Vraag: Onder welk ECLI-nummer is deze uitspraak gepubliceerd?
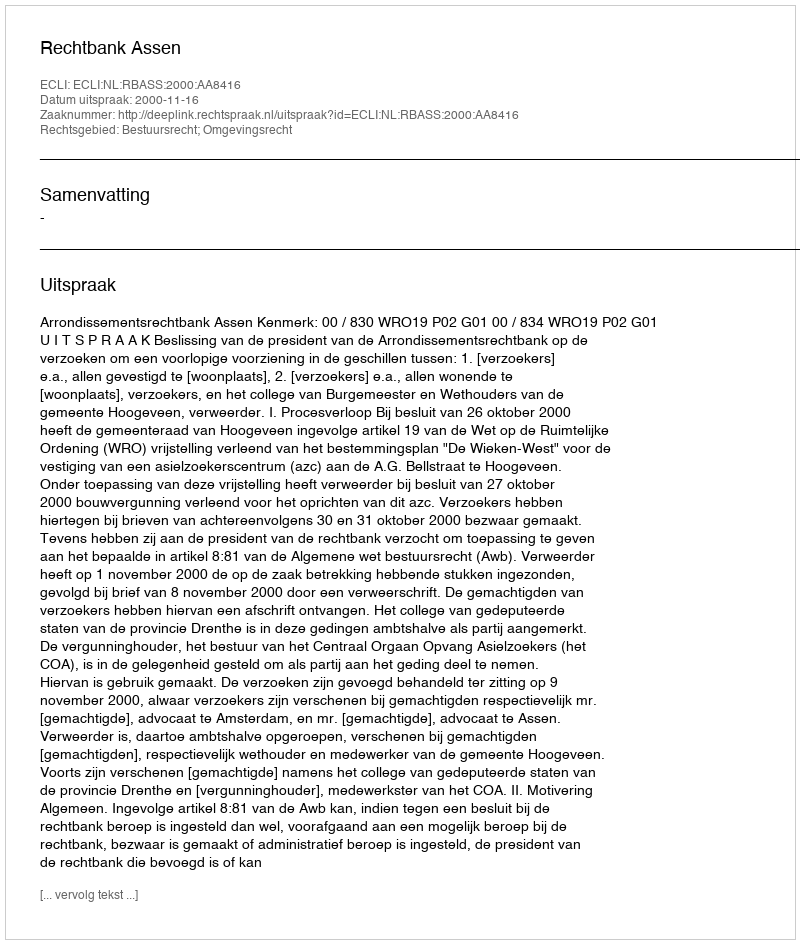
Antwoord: ECLI:NL:RBASS:2000:AA8416